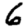
Digit: 6